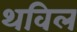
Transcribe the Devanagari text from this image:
थविल